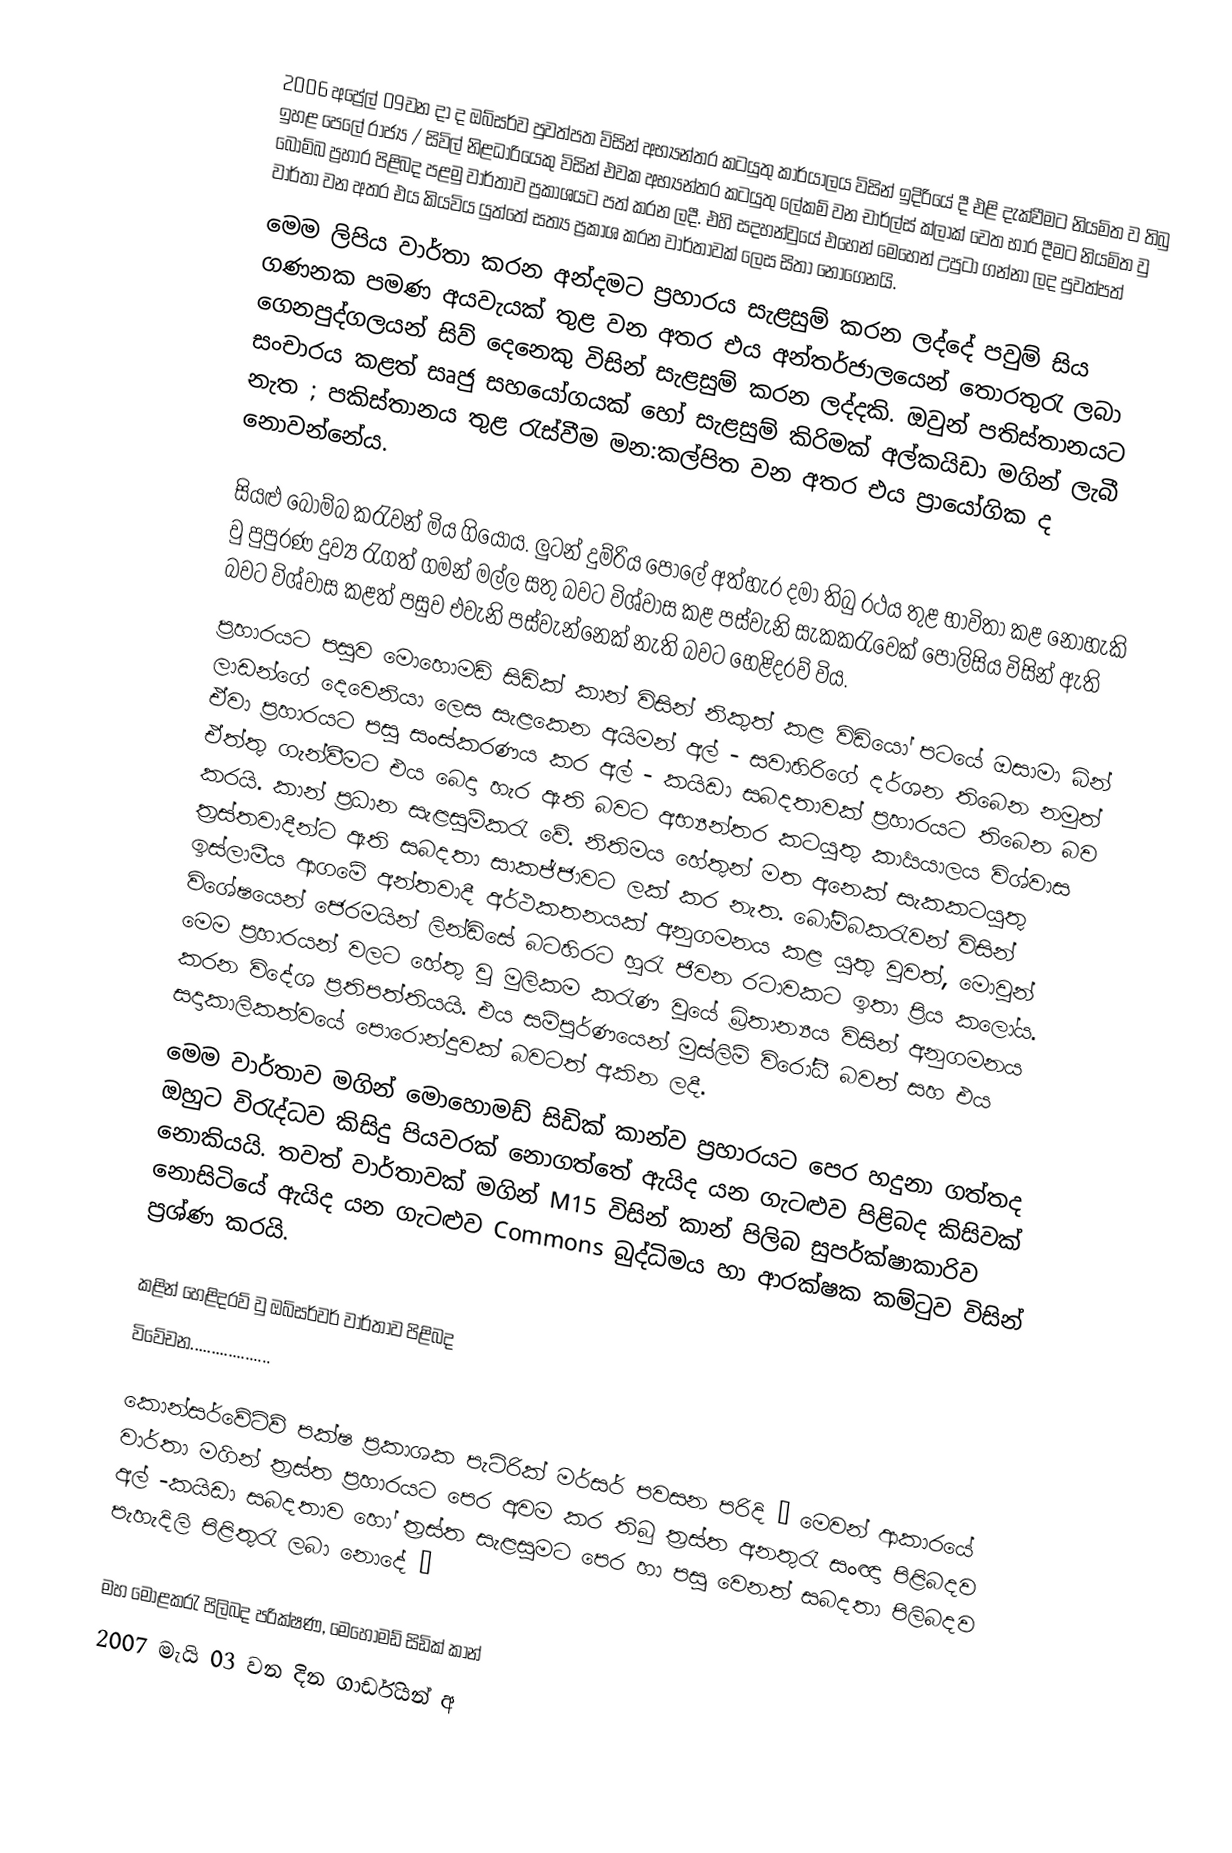
2006 අප්‍රේල් 09වන දා ද ඔබ්සර්ව පුවත්පත විසින් අභ්‍යන්තර කටයුතු කාර්යාලය විසින් ඉදිරියේ දී එළි දැක්වීමට නියමිත ව තිබු ඉහළ පෙලේ රාජ්‍ය / සිවිල් නිළධාරියෙකු විසින් එවක අභ්‍යන්තර කටයුතු ලේකම් වන චාර්ල්ස් ක්ලාක් වෙත භාර දීමට නියමිත වු බෝම්බ ප්‍රහාර පිළිබද පළමු වාර්තාව ප්‍රකාශයට පත් කරන ලදී. එහි සදහන්වුයේ එහෙන් මෙහෙන් උපුටා ගන්නා ලද පුවත්පත් වාර්තා වන අතර එය කියවිය යුත්තේ සත්‍ය ප්‍රකාශ කරන වාර්තාවක් ලෙස සිතා  නොගෙනයි.
මෙම ලිපිය වාර්තා කරන අන්දමට ප්‍රහාරය සැළසුම් කරන ලද්දේ පවුම් සිය ගණනක පමණ අයවැයක් තුළ වන අතර එය අන්තර්ජාලයෙන් තොරතුරැ ලබා ගෙනපුද්ගලයන් සිව් දෙනෙකු විසින් සැළසුම් කරන ලද්දකි. ඔවුන් පතිස්තානයට සංචාරය කළත් සෘජු සහයෝගයක් හෝ සැළසුම් කිරිමක් අල්කයිඩා මගින් ලැබී නැත ; පකිස්තානය තුළ රැස්වීම මන:කල්පිත වන අතර එය ප්‍රායෝගික ද නොවන්නේය.

සියළු බෝම්බ කරැවන් මිය ගියෝය. ලුටන් දුම්රිය පොලේ අත්හැර දමා තිබු රථය තුළ භාවිතා කළ නොහැකි වු පුපුරණ දුව්‍ය රැගත් ගමන් මල්ල  සතු බවට විශ්වාස කළ පස්වැනි සැකකරැවෙක් පොලිසිය විසින් ඇති බවට විශ්වාස කළත් පසුව එවැනි පස්වැන්නෙක් නැති බවට හෙළිදරව් විය.
ප්‍රහාරයට පසුව මොහොමඩ් සිඩික් කාන් විසින් නිකුත් කළ විඩියෝ පටයේ ඔසාමා බින් ලාඩන්ගේ දෙවෙනියා ලෙස සැළකෙන අයිමන් අල් - සවාහිරිගේ දර්ශන තිබෙන නමුත් ඒවා ප්‍රහාරයට පසු සංස්කරණය කර අල් - කයිඩා සබදතාවක් ප්‍රහාරයට තිබෙන බව ඒත්තු ගැන්වීමට එය බෙදා හැර ඇති බවට අභ්‍යන්තර කටයුතු කාර්‍යයාලය විශ්වාස කරයි. කාන් ප්‍රධාන සැළසුම්කරැ වේ. නිතිමය හේතුන් මත අනෙක් සැකකටයුතු ත්‍රස්තවාදීන්ට ඇති සබදතා සාකජ්ජාවට ලක් කර නැත. බෝම්බකරැවන් විසින් ඉස්ලාමීය ආගමේ අන්තවාදී අර්ථකතනයක් අනුගමනය කළ යුතු වුවත්, මොවුන් විශේෂයෙන් ජෙරමයින් ලින්ඩිසේ බටහිරට හුරැ ජිවන රටාවකට ඉතා ප්‍රිය කලෝය. මෙම ප්‍රහාරයන් වලට හේතු වු මුලිකම කරැණ වුයේ බ්‍රිතාන්‍යය විසින් අනුගමනය කරන විදේශ ප්‍රතිපත්තියයි. එය සම්පුර්ණයෙන් මුස්ලිම් විරෝධී බවත් සහ එය සදාකාලිකත්වයේ පොරොන්දුවක් බවටත් අකින ලදී.
මෙම වාර්තාව මගින් මොහොමඩ් සිඩික් කාන්ව ප්‍රහාරයට පෙර හදුනා ගත්තද ඔහුට විරැද්ධව කිසිදු පියවරක් නොගත්තේ ඇයිද යන ගැටළුව පිළිබද කිසිවක් නොකියයි. තවත් වාර්තාවක් මගින් M15 විසින් කාන් පිලිබ  සුපර්ක්ෂාකාරිව නොසිටියේ ඇයිද යන ගැටළුව Commons බුද්ධිමය හා ආරක්ෂක කම්ටුව විසින් ප්‍රශ්ණ කරයි.

කළින් හෙළිදරව් වු  ඔබ්සර්වර් වාර්තාව පිළිබද
විවේචන...................

කොන්සර්වේටිව් පක්ෂ ප්‍රකාශක පැට්රික්  මර්සර් පවසන පරිදි ˝ මෙවන් ආකාරයේ වාර්තා මගින් ත්‍රස්ත ප්‍රහාරයට පෙර අවම කර තිබු ත්‍රස්ත අනතුරැ සංඥා පිළිබදව අල් -කයිඩා සබදතාව හෝ ත්‍රස්ත සැළසුමට පෙර හා පසු වෙනත් සබදතා පිලිබදව පැහැදිලි පිළිතුරැ ලබා නොදේ ˝

මහ මොළකරැ පිලිබද පරික්ෂණ, මෙහොමඩ් සිඩික් කාන්
2007 මැයි 03 වන දින ගාර්ඩියන් අ